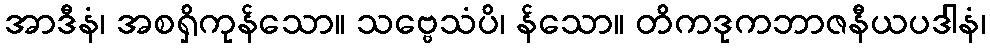
အာဒီနံ၊ အစရှိကုန်သော။ သဗ္ဗေသံပိ၊ န်သော။ တိကဒုကဘာဇနီယပဒါနံ၊